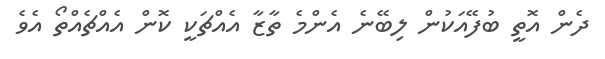
ދެން އޮތީ ބުފޭއަކުން ލިބޭނެ އެންމެ ތާޒާ އެއްޗަކީ ކޮން އެއްޗެއްތޯ އެވެ